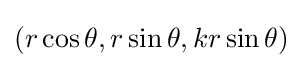
(r\cos \theta ,r\sin \theta ,kr\sin \theta )